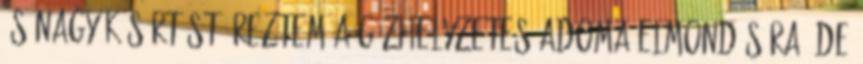
és nagy kísértést éreztem a gázhelyzetes adoma elmondására, de